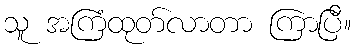
သူ အကြံထုတ်လာတာ ကြာပြီ။